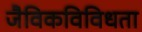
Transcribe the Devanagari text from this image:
जैविकविविधता